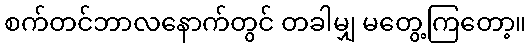
စက်တင်ဘာလနောက်တွင် တခါမျှ မတွေ့ကြတော့။